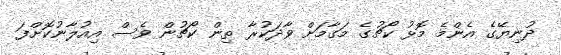
ދުނިޔޭގެ އެންމެ މޮޅު ކޯޗުގެ މަގާމަށް ވާދަކުރާ ތިން ކޯޗުން ވެސް އިއުލާނުކޮށްފަ